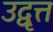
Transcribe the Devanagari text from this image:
उद्वृत्त